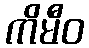
ကိမီဝ